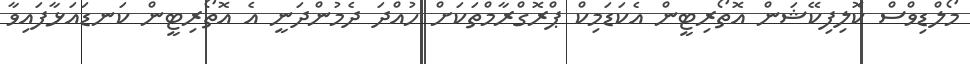
މޯލްޑިވްސް ކޮލިފިކޭޝަން އޮތޯރިޓީން އެކަޑަމިކް ޕްރޮގްރާމްތަކަށް ހުއްދަ ދެމުންދަނީ އެ އޮތޯރިޓީން ކަނޑައަޅާފައިވާ